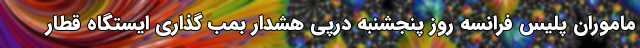
ماموران پلیس فرانسه روز پنجشنبه درپی هشدار بمب گذاری ایستگاه قطار